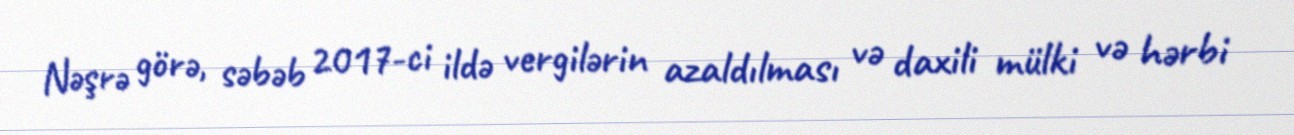
Nəşrə görə, səbəb 2017-ci ildə vergilərin azaldılması və daxili mülki və hərbi